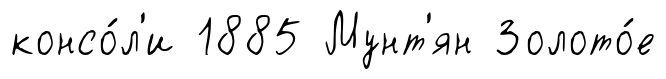
консо́л'и 1885 Мунт'ян Золото́е